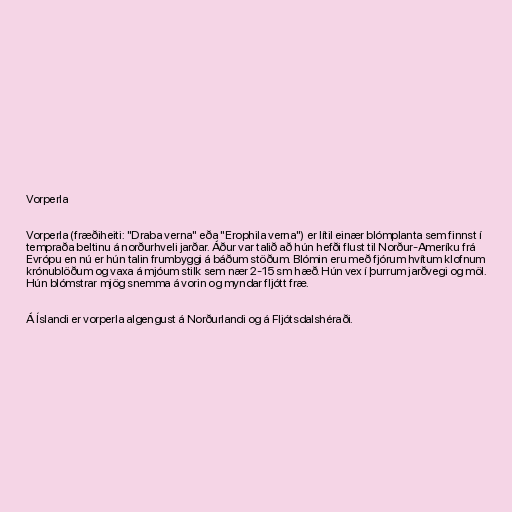
Vorperla

Vorperla (fræðiheiti: "Draba verna" eða "Erophila verna") er lítil einær blómplanta sem finnst í
tempraða beltinu á norðurhveli jarðar. Áður var talið að hún hefði flust til Norður-Ameríku frá
Evrópu en nú er hún talin frumbyggi á báðum stöðum. Blómin eru með fjórum hvítum klofnum
krónublöðum og vaxa á mjóum stilk sem nær 2-15 sm hæð. Hún vex í þurrum jarðvegi og möl.
Hún blómstrar mjög snemma á vorin og myndar fljótt fræ.

Á Íslandi er vorperla algengust á Norðurlandi og á Fljótsdalshéraði.